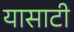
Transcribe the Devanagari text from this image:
यासाटी